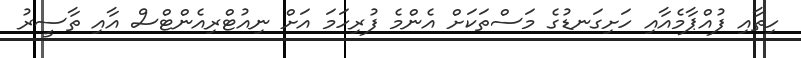
ހިތާއި ފުއްޕާމެއާއި ހަށިގަނޑުގެ މަސްތަކަށް އެންމެ ފުރިހަމަ އަށް ނިއުޓްރިއެންޓްސް އާއި ތާސީރު